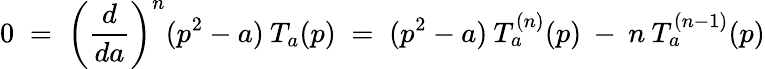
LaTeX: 0\; =\; \left(\frac{d}{da}\right)^{n}(p^{2}-a)\: T_{a}(p)\; =\; (p^{2}-a)\: T_{a}^{(n)}(p)\: -\: n\: T_{a}^{(n-1)}(p)